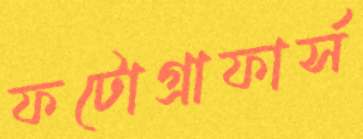
ফটোগ্রাফার্স